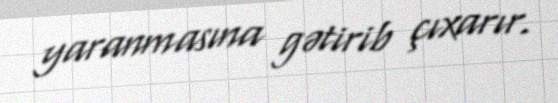
yaranmasına gətirib çıxarır.